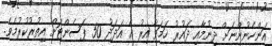
އަންހެނުންނަށް ދިނުމާއި ދައުރު ހަމަވާ އިރު އެ އަދަދު 50 ޕަސެންޓަށް އިތުރުކުރުމެވެ.